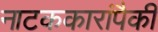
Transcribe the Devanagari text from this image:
नाटककारांपैकी